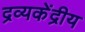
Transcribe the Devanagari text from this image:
द्रव्यकेंद्रीय